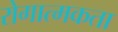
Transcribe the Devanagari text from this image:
रोगात्मकता